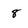
Character: 8